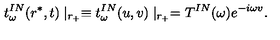
t _ { \omega } ^ { I N } ( r ^ { * } , t ) \mid _ { r _ { + } } \equiv t _ { \omega } ^ { I N } ( u , v ) \mid _ { r _ { + } } = T ^ { I N } ( \omega ) e ^ { - i \omega v } .